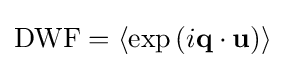
{\text{DWF}}=\left\langle \exp \left(i\mathbf {q} \cdot \mathbf {u} \right)\right\rangle